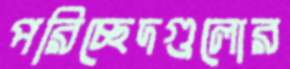
পরিচ্ছেদগুলোর